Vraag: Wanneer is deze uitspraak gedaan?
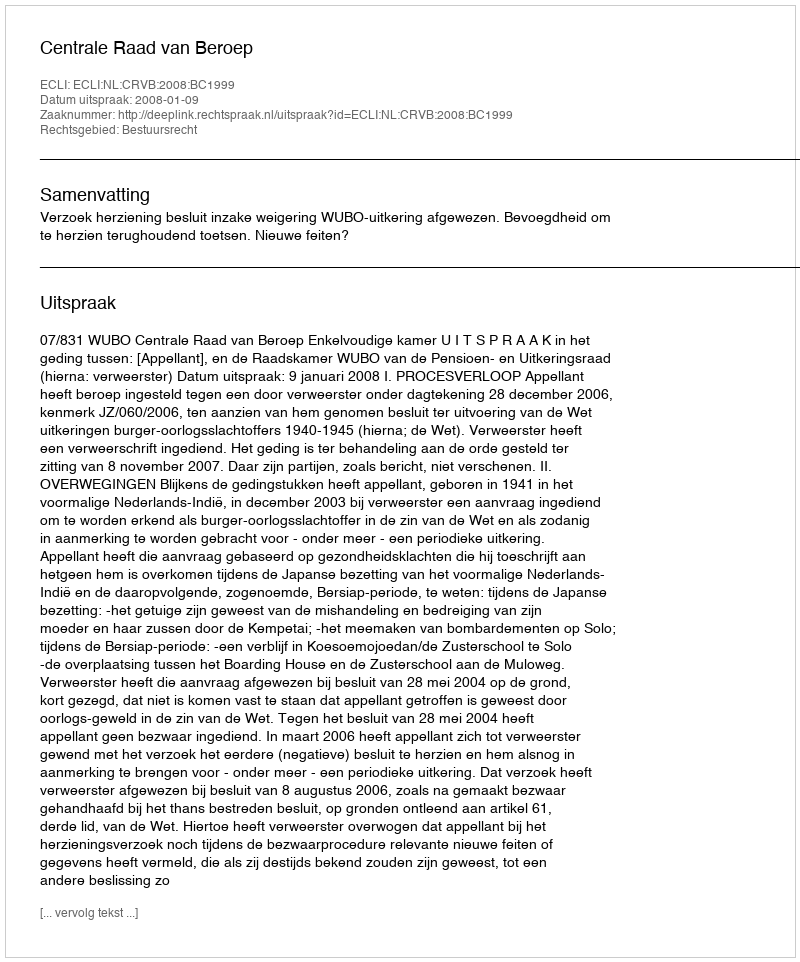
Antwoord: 2008-01-09